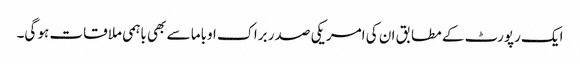
ایک رپورٹ کے مطابق ان کی امریکی صدر براک اوباما سے بھی باہمی ملاقات ہو گی۔